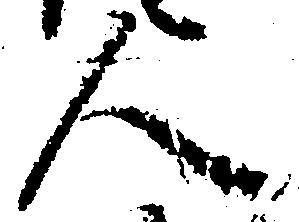
人